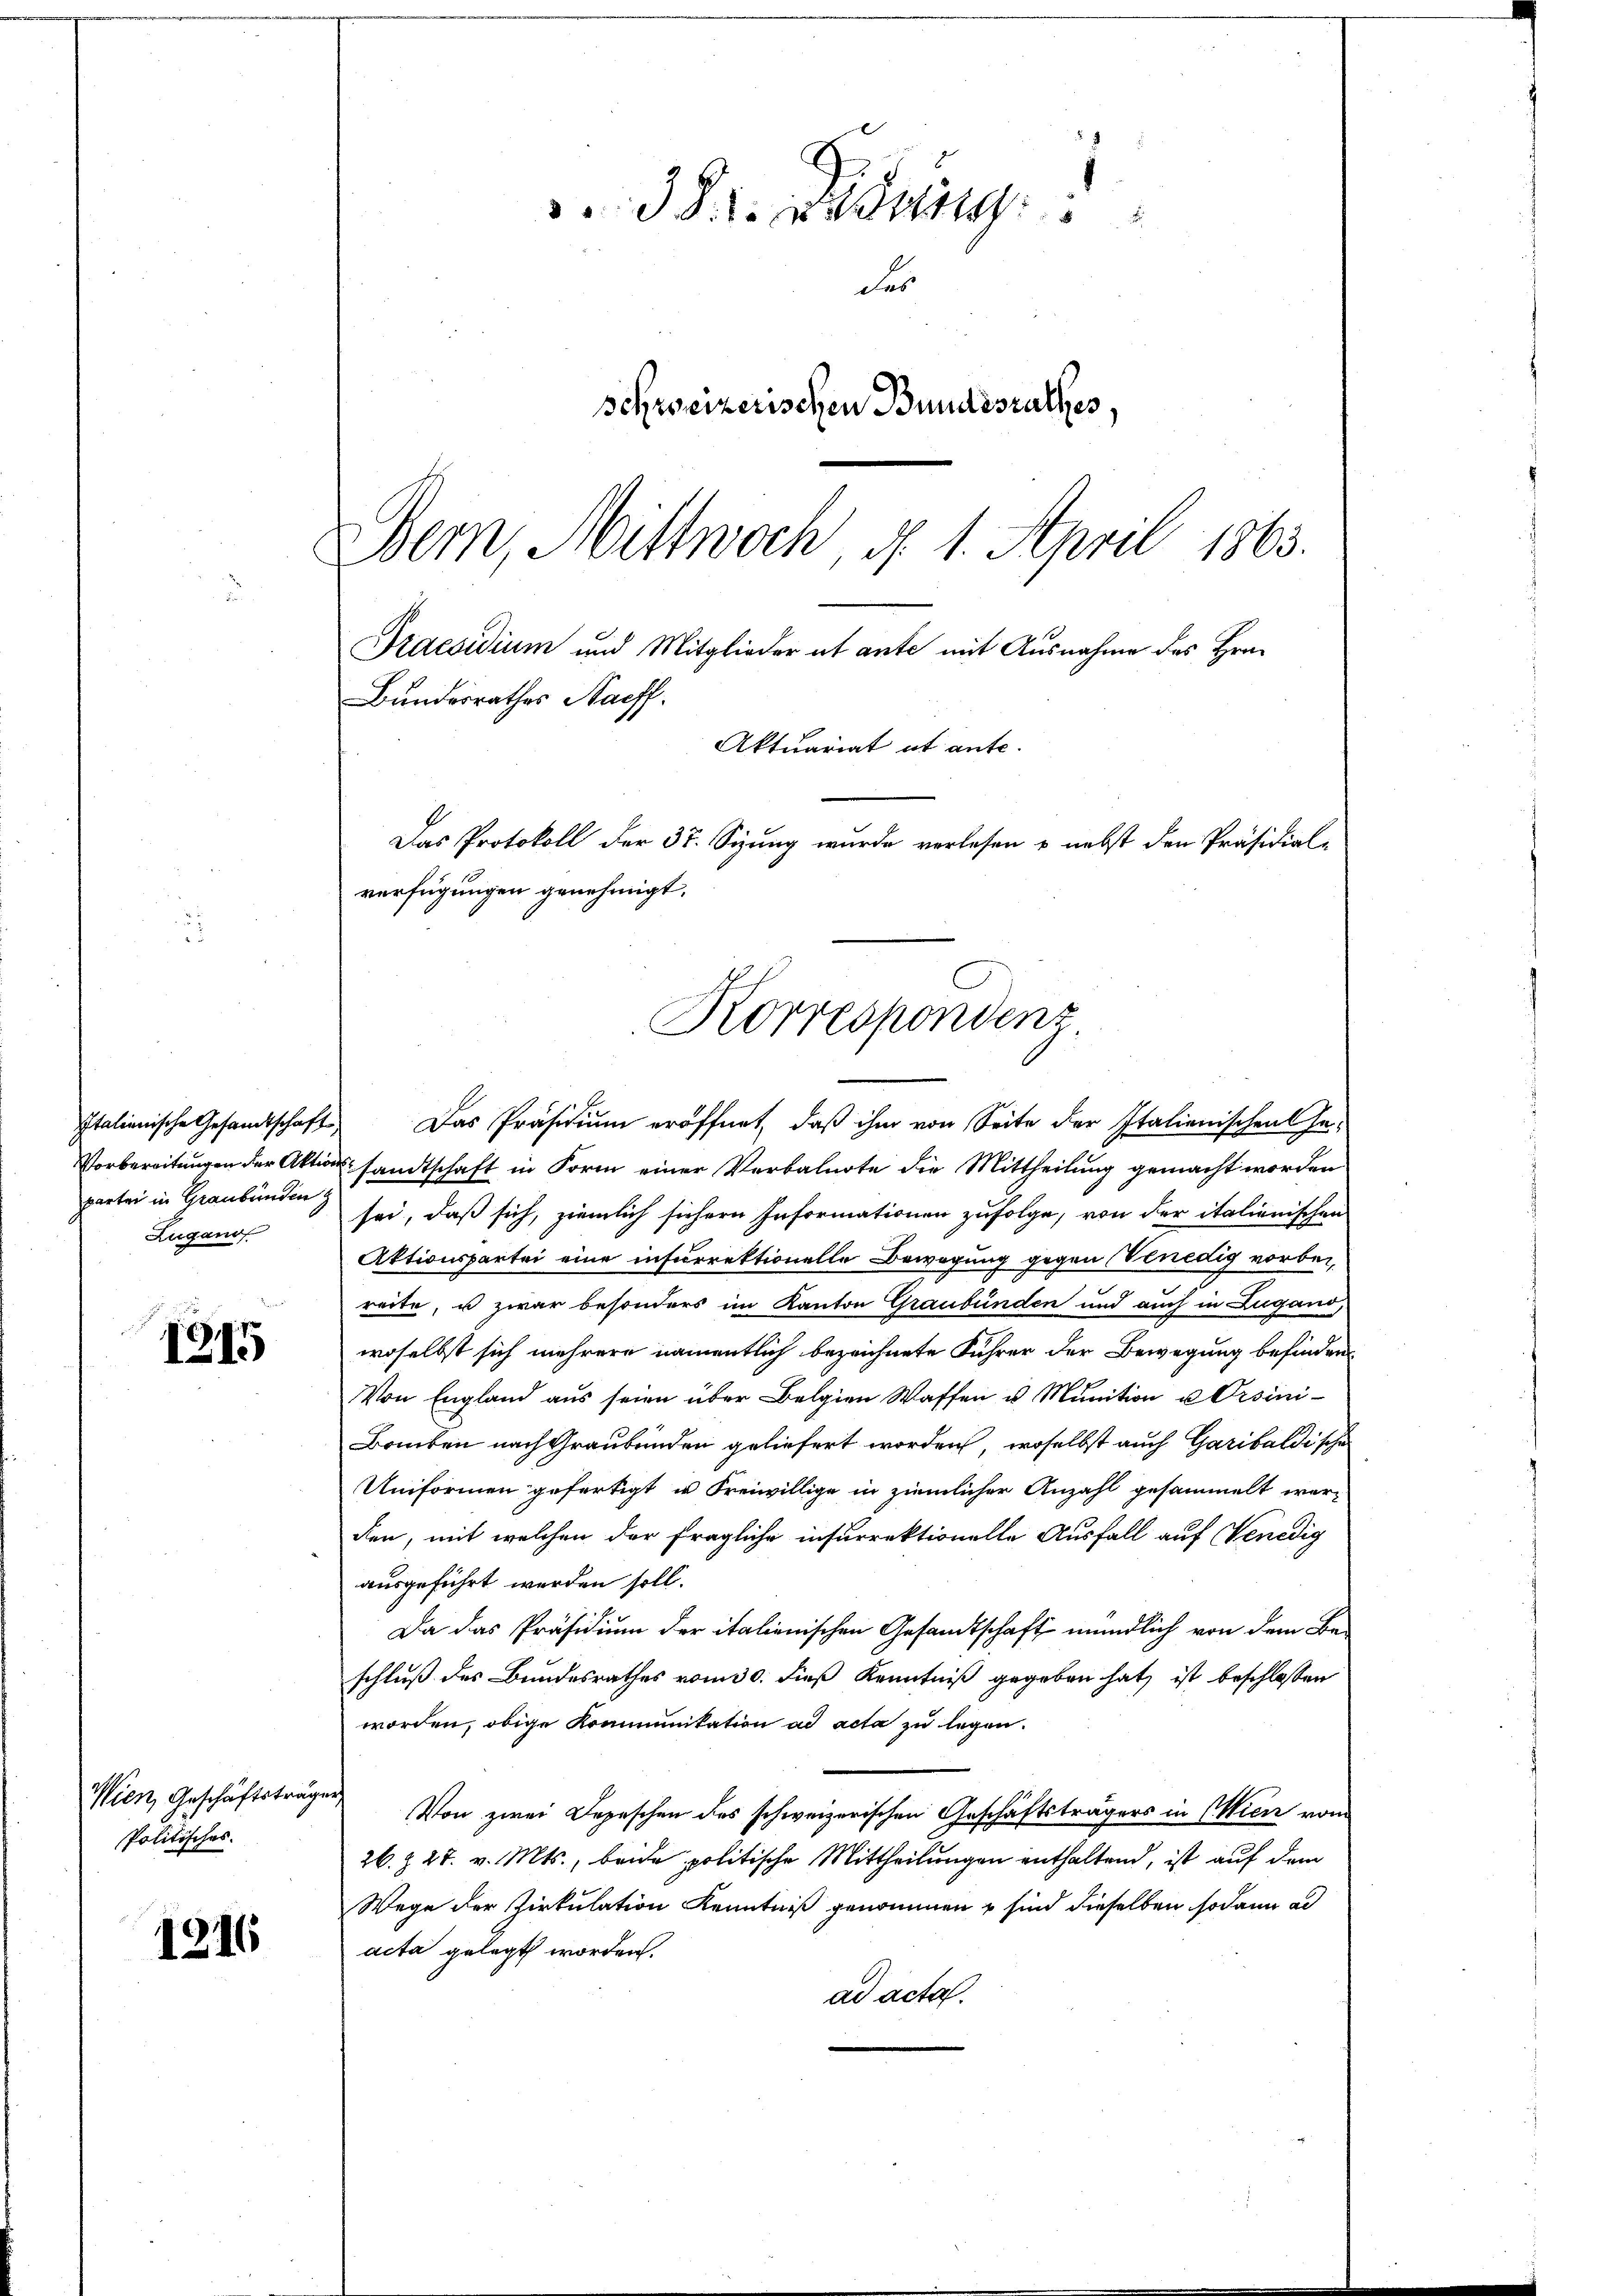
partei in Graubünden
Zugano

1315

Politisches.

1216

E
. 3. Beding
t
des
Schweizerischen Bundesrathes
Bern, Mittwoch, d. 1. April 1863.

Praesidium und Mitglieder ut ante mit Ausnahme des Hrn.
Bundesrathes Nachf
Aktuariat et ante-
Das Protokoll der 37. Sizung wurde verlesen & nebst den Präsidial-
verfügungen genehmigt.
Korrespondenz

Italienische Gesandtschaft. Das Präsidium eröffnet, daß ihm von Seite der Italienischen Ge-
Vorbereitungen der Aktionsandtschaft in Form einer Verbalnote die Mittheilung gemacht worden
sei, daß sich, ziemlich sichern Informationen zufolge, von der italienischen
Aktionspartei eine incurrektionelle Bewegung gegen Venedig vorbereite, u zwar besonders im Kanton Graubünden und auch in Zugand,
woselbst sich mehrere namentlich bezeichnete Führer der Bewegung befinden
Von England aus seien über Belgien Waffen u. Munition u Orsini¬
Bauben nach Graubünden geliefert worden, woselbst auch Garibaldische
Uniformen gefertigt in Freiwillige in ziemlicher Anzahl gesammelt werden, mit welchen der fragliche insurrektionelle Ausfall auf Venedig
ausgeführt werden soll.
Da das Präsidium der italienischen Gesandtschaft mündlich von dem Be-
schluß des Bundesrathes vom 30. dieß Kenntniß gegeben hat, ist beschlossen
worden, obige Kommunikation ad acta zu legen.
Wien, Geschäftsträger Von zwei Depeschen des schweizerischen Geschäftsträgers in Wien vom
26. § 27. v. Mts., beide politische Mittheilungen enthaltend, ist auf dem
Wege der Zirkulation Kenntniß genommen u sind dieselben sodann ad
acta gelegt worden.
ad acta.